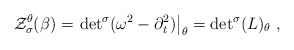
\begin{align*}{\cal Z}_\sigma^\theta (\beta) =\left.{\det}^\sigma (\omega^2 - \partial_t^2 ) \right|_\theta={ \det}^\sigma (L)_\theta\;,\end{align*}